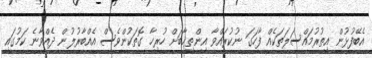
އެބޭފުޅުން އިތުރުމައްސަލަތަކެއް ފާހަގަ ނުކުރައްވާ އިންތިޚާބަށް ހުރިހާ ގޮތަކުންވެސް އެއްބާރުލުން ދެއްވާނެ ކަމުގައި